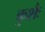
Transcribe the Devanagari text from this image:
कुशैः